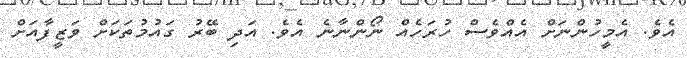
އެވެ. އެމީހުންނަށް އެއްވެސް ހުރަހެއް ނޯންނާނެ އެވެ. އަދި ބޭރު ގައުމުތަކަށް ވަޒީފާއަށް